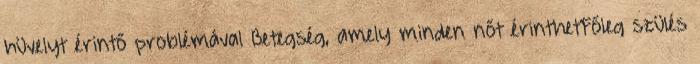
hüvelyt érintő problémával Betegség, amely minden nőt érinthetFőleg szülés